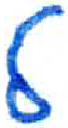
אות: ל